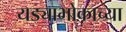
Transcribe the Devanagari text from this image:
यड्याभोकाच्या